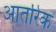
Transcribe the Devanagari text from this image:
आतरिक